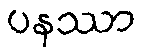
ပနဿာ